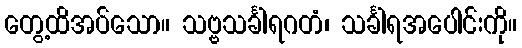
တွေ့ထိအပ်သော။ သဗ္ဗသင်္ခါရဂတံ၊ သင်္ခါရအပေါင်းကို။